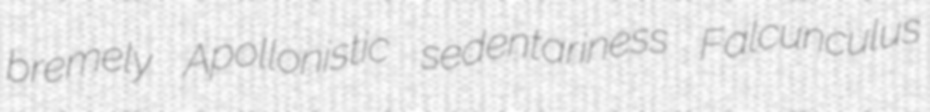
bremely Apollonistic sedentariness Falcunculus